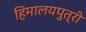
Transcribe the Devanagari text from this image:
हिमालयपुत्री